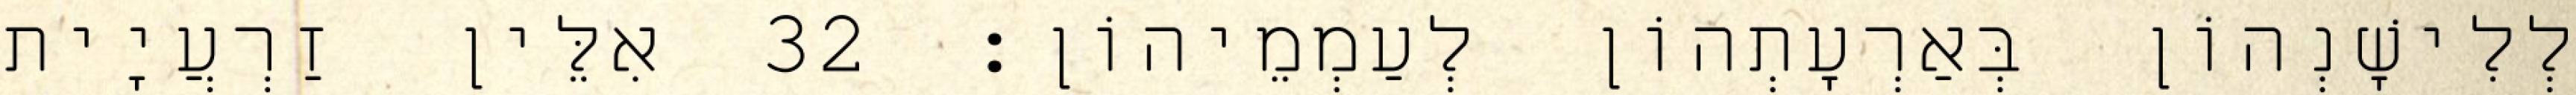
לְלִישָׁנְהוֹן בְּאַרְעָתְהוֹן לְעַמְמֵיהוֹן׃ 32 אִלֵּין זַרְעֲיָית